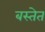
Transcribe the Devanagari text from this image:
बस्तेत